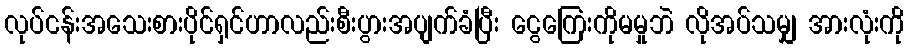
လုပ်ငန်းအသေးစားပိုင်ရှင်ဟာလည်းစီးပွားအပျက်ခံပြီး ငွေကြေးကိုမမှုဘဲ လိုအပ်သမျှ အားလုံးကို